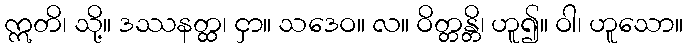
ဣတိ၊ သို့။ ဒဿနတ္ထ၊ ငှာ။ သဒေဝ။ လ။ ဝိတ္တန္တိ၊ ဟူ၍။ ဝါ၊ ဟူသော။